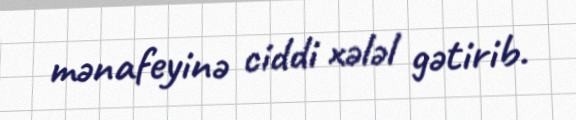
mənafeyinə ciddi xələl gətirib.